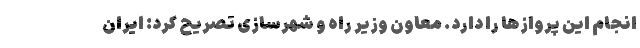
انجام این پروازها را دارد. معاون وزیر راه و شهرسازی تصریح کرد: ایران